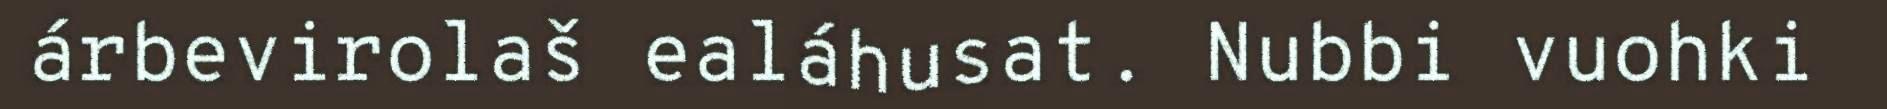
árbevirolaš ealáhusat. Nubbi vuohki